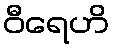
ဝီရေဟိ